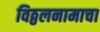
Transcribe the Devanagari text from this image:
विठ्ठलनामाचा